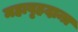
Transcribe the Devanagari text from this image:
महाबृहदान्त्र